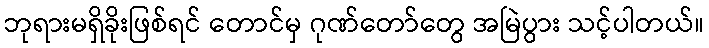
ဘုရားမရှိခိုးဖြစ်ရင် တောင်မှ ဂုဏ်တော်တွေ အမြဲပွား သင့်ပါတယ်။